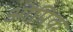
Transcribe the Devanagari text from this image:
ओपिक